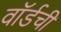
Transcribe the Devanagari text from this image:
वॉर्डची